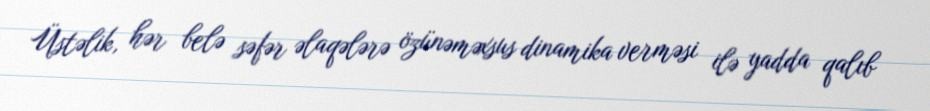
Üstəlik, hər belə səfər əlaqələrə özünəməxsus dinamika verməsi ilə yadda qalıb